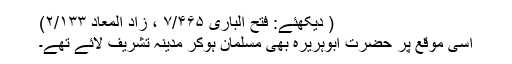
( دیکھئے: فتح الباری ۷/۴۶۵ ، زاد المعاد ۲/۱۳۳)
اسی موقع پر حضرت ابوہریرہؓ بھی مسلمان ہوکر مدینہ تشریف لائے تھے۔